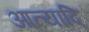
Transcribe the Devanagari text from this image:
आत्यादि